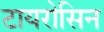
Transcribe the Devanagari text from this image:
टायरोसिन